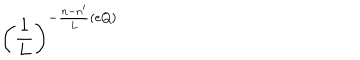
\left( \frac { 1 } { L } \right) ^ { - \frac { n - n ^ { \prime } } { L } ( e Q ) }